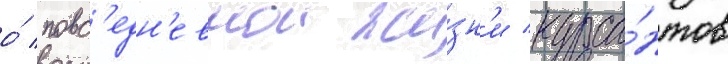
о́ повс'едн'евнои жи́зн'и курса́нтов